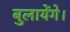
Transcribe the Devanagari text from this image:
बुलायेंगे।